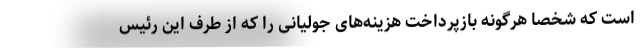
است که شخصاً هرگونه بازپرداخت هزینه‌های جولیانی را که از طرف این رئیس